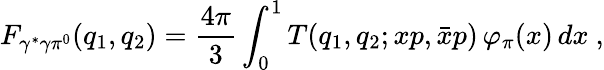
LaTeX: F_{\gamma^{*}\gamma\pi^{0}}(q_{1},q_{2})=\frac{4\pi}{3}\int_{0}^{1}T(q_{1},q_{2};xp,\bar{x}p)\, \varphi_{\pi}(x)\, dx\ ,